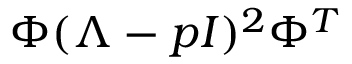
\Phi ( \Lambda - p I ) ^ { 2 } \Phi ^ { T }